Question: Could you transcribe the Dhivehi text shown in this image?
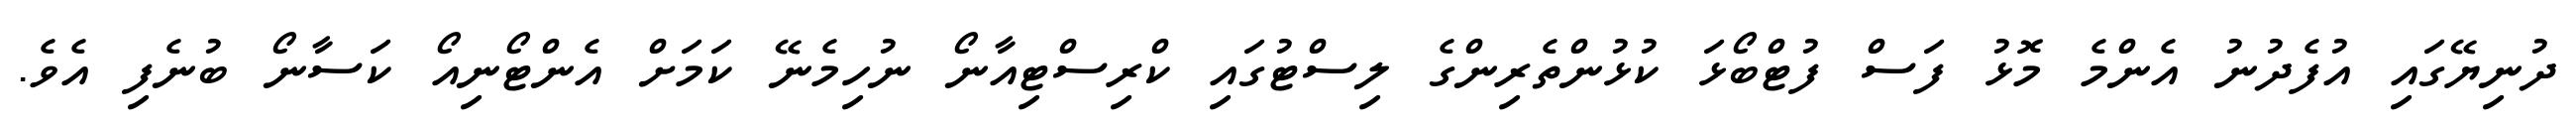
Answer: ދުނިޔޭގައި އުފެދުނު އެންމެ މޮޅު ފަސް ފުޓްބޯޅަ ކުޅުންތެރިންގެ ލިސްޓުގައި ކްރިސްޓިއާނޯ ނުހިމެނޭ ކަމަށް އެންޓޯނިއޯ ކަސާނޯ ބުނެފި އެވެ.